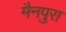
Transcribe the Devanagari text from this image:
मैनपुरा